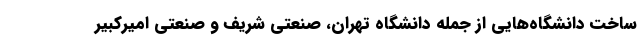
ساخت دانشگاه‌هایی از جمله دانشگاه تهران، صنعتی شریف و صنعتی امیرکبیر